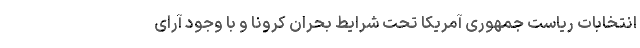
انتخابات ریاست جمهوری آمریکا تحت شرایط بحران کرونا و با وجود آرای